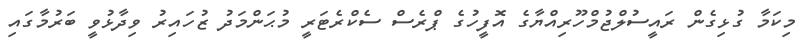
މިކަމާ ގުޅިގެން ރައީސުލްޖުމްހޫރިއްޔާގެ އޮފީހުގެ ޕްރެސް ސެކްރެޓަރީ މުޙަންމަދު ޒުހައިރު ވިދާޅުވީ ބަރުމާގައި